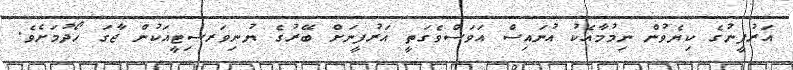
އަރުފީނުގެ ކިޔެވުން ނިމުމާއެކު އުނައިސް އަވަސްވެގަތީ އަރުފީނަށް ބޭރުގެ ޔުނިވަރސިޓީއަކުން ޖާގަ ހޯދުމަށެވެ.